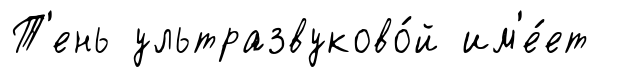
Т'ень ультразвуково́й им'е́ет